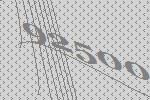
92500